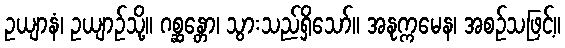
ဥယျာနံ၊ ဥယျာဉ်သို့။ ဂစ္ဆန္တော၊ သွားသည်ရှိသော်။ အနုက္ကမေန၊ အစဉ်သဖြင့်။